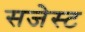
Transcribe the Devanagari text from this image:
सजेस्ट